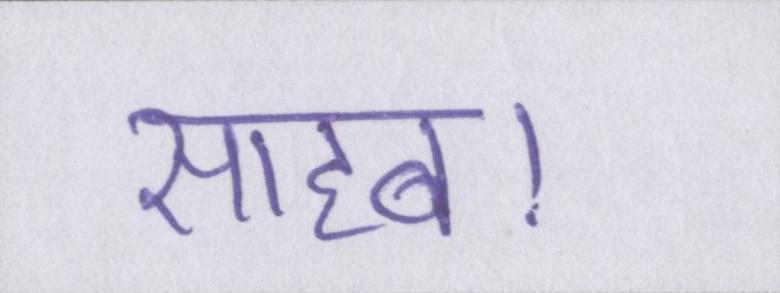
साहब।